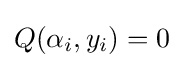
Q(\alpha _{i},y_{i})=0